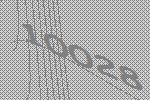
10028